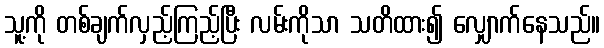
သူ့ကို တစ်ချက်လှည့်ကြည့်ပြီး လမ်းကိုသာ သတိထား၍ လျှောက်နေသည်။